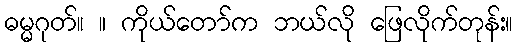
ဓမ္မဂုတ်။ ။ ကိုယ်တော်က ဘယ်လို ဖြေလိုက်တုန်း။